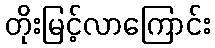
တိုးမြင့်လာကြောင်း